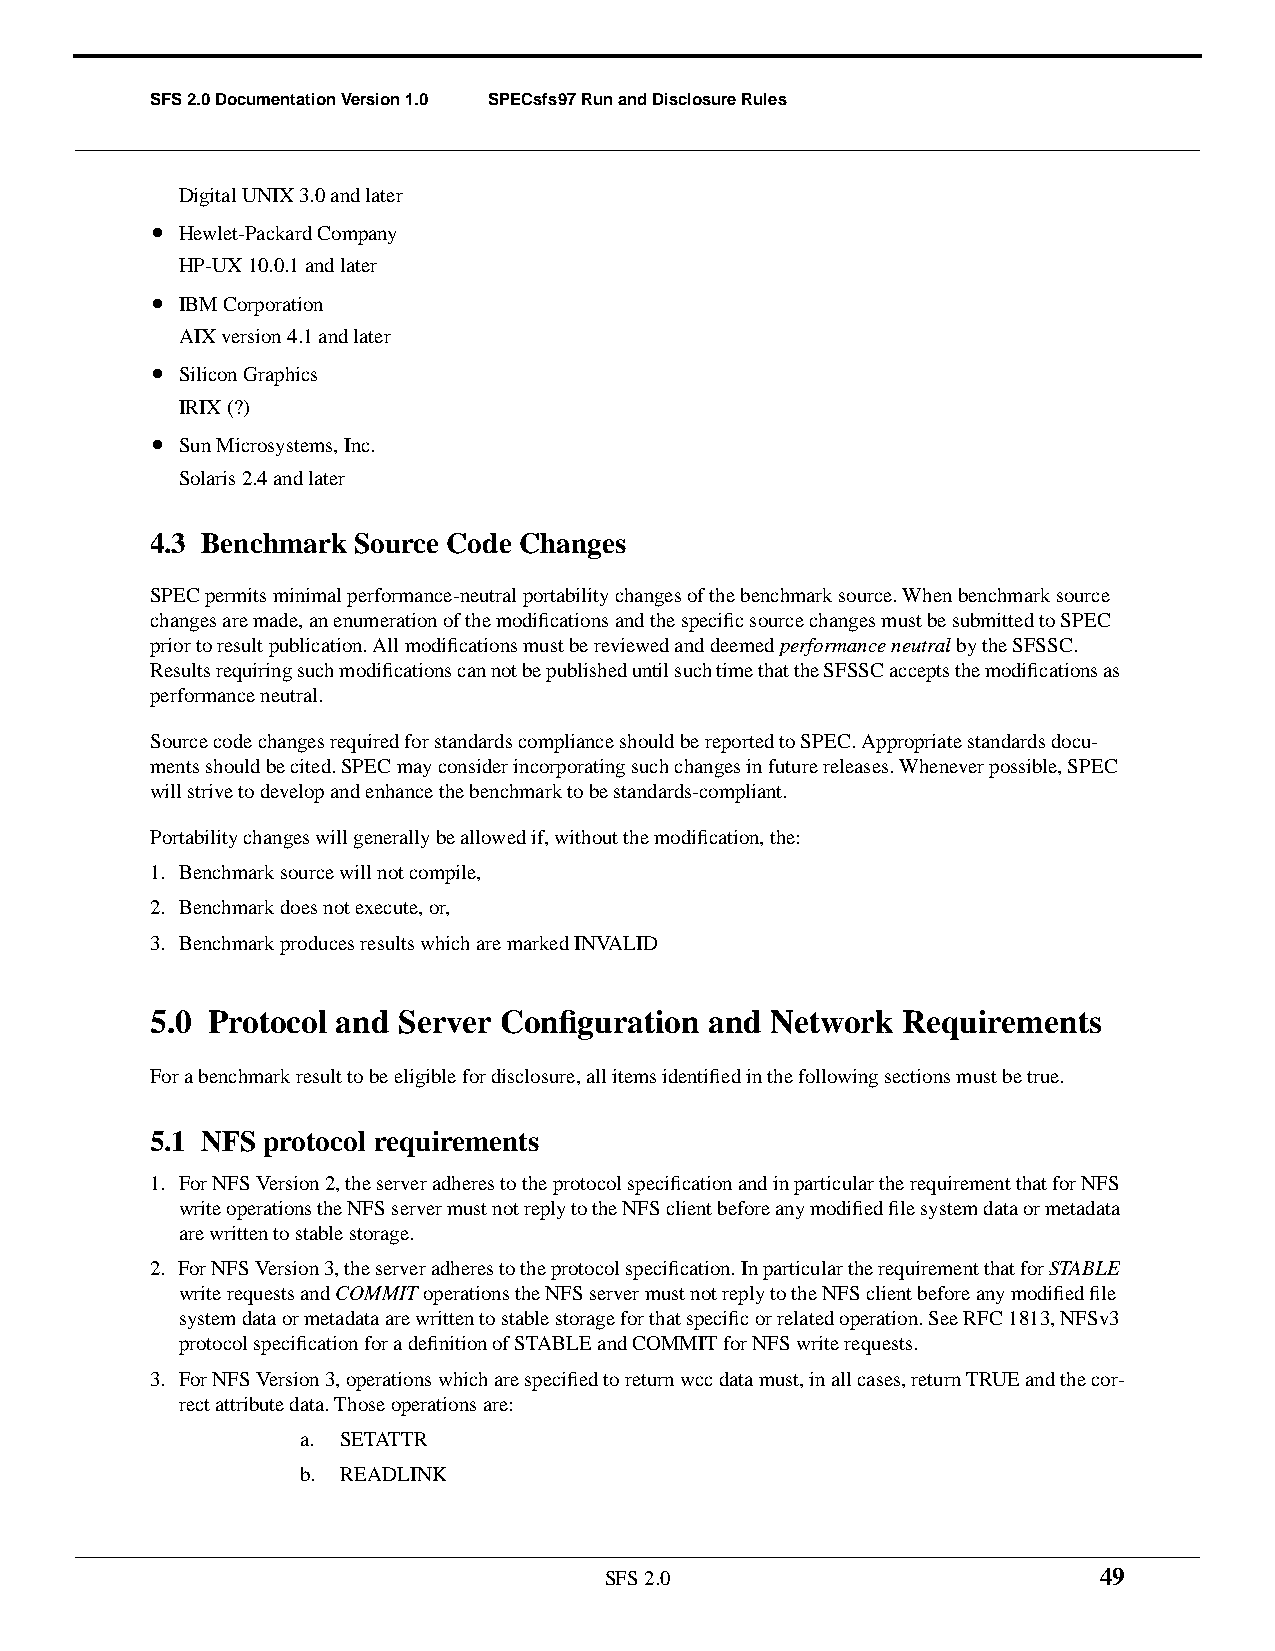
SFS 2.0 Documentation Version 1.0 SPECsfs97 Run and Disclosure Rules
 Digital UNIX 3.0 and later
 • Hewlet-Packard Company
 HP-UX 10.0.1 and later
 • IBM Corporation
 AIX version 4.1 and later
 • Silicon Graphics
 IRIX (?)
 • Sun Microsystems, Inc.
 Solaris 2.4 and later
 4.3 Benchmark Source Code Changes
 SPEC permits minimal performance-neutral portability changes of the benchmark source. When benchmark source
 changes are made, an enumeration of the modifications and the specific source changes must be submitted to SPEC
 prior to result publication. All modifications must be reviewed and deemedperformance neutral by the SFSSC.
 Results requiring such modifications can not be published until such time that the SFSSC accepts the modifications as
 performance neutral.
 Source code changes required for standards compliance should be reported to SPEC. Appropriate standards docu-
 ments should be cited. SPEC may consider incorporating such changes in future releases. Whenever possible, SPEC
 will strive to develop and enhance the benchmark to be standards-compliant.
 Portability changes will generally be allowed if, without the modification, the:
 1. Benchmark source will not compile,
 2. Benchmark does not execute, or,
 3. Benchmark produces results which are marked INVALID
 5.0 Protocol and Server Configuration and Network Requirements
 For a benchmark result to be eligible for disclosure, all items identified in the following sections must be true.
 5.1 NFS protocol requirements
 1. For NFS Version 2, the server adheres to the protocol specification and in particular the requirement that for NFS
 write operations the NFS server must not reply to the NFS client before any modified file system data or metadata
 are written to stable storage.
 2. For NFS Version 3, the server adheres to the protocol specification. In particular the requirement that forSTABLE
 write requests andCOMMIT operations the NFS server must not reply to the NFS client before any modified file
 system data or metadata are written to stable storage for that specific or related operation. See RFC 1813, NFSv3
 protocol specification for a definition of STABLE and COMMIT for NFS write requests.
 3. For NFS Version 3, operations which are specified to return wcc data must, in all cases, return TRUE and the cor-
 rect attribute data. Those operations are:
 a. SETATTR
 b. READLINK
 SFS 2.0                          49